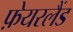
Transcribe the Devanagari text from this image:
फ़ेयरलैंड